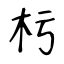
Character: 杇